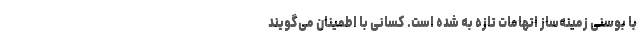
با بوسنی زمینه‌ساز اتهامات تازه به شده است. کسانی با اطمینان می‌گویند